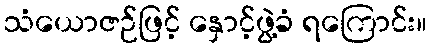
သံယောဇဉ်ဖြင့် နှောင့်ဖွဲ့ခံ ရကြောင်း။